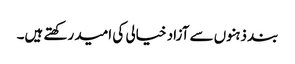
بند ذہنوں سے آزاد خیالی کی امید رکھتے ہیں۔